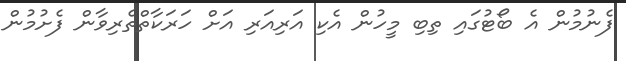
ފެނުމުން އެ ބޯޓުގައި ތިބި މީހުން އެކި އަރިއަރި އަށް ހަރަކާތްތެރިވާން ފެށުމުން